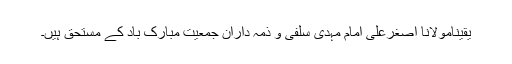
یقیناًمولانا اصغرعلی امام مہدی سلفی و ذمہ داران جمعیت مبارک باد کے مستحق ہیں۔